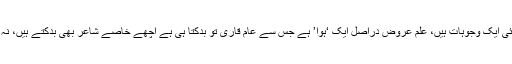
اس ڈر کی کئی ایک وجوہات ہیں، علمِ عروض دراصل ایک ‘ہوا’ ہے جس سے عام قاری تو بدکتا ہی ہے اچھے خاصے شاعر بھی بدکتے ہیں، نہ جانے کیوں۔